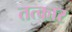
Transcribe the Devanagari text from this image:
तत्कार